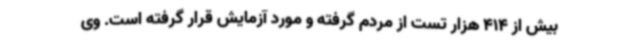
بیش از 414 هزار تست از مردم گرفته و مورد آزمایش قرار گرفته است. وی